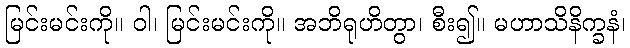
မြင်းမင်းကို။ ဝါ၊ မြင်းမင်းကို။ အဘိရုဟိတွာ၊ စီး၍။ မဟာသိနိက္ခနံ၊